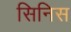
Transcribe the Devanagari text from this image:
सिनिस